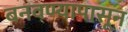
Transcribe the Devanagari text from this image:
बनवण्यापासून